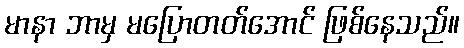
မာနာ ဘာမှ မပြောတတ်အောင် ဖြစ်နေသည်။